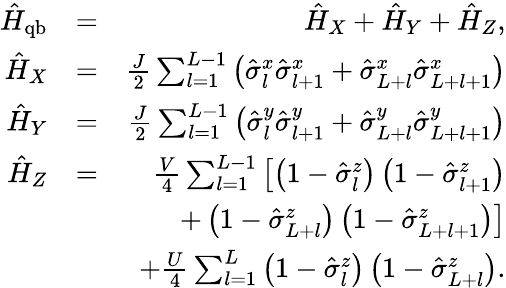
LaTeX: \begin{array}{rlr}{\hat{H}_{\mathrm{qb}}}&{=}&{\hat{H}_{X}+\hat{H}_{Y}+\hat{H}_{Z},}\\ {\hat{H}_{X}}&{=}&{\frac{J}{2}\sum_{l=1}^{L-1}\left(\hat{\sigma}_{l}^{x}\hat{\sigma}_{l+1}^{x}+\hat{\sigma}_{L+l}^{x}\hat{\sigma}_{L+l+1}^{x}\right)}\\ {\hat{H}_{Y}}&{=}&{\frac{J}{2}\sum_{l=1}^{L-1}\left(\hat{\sigma}_{l}^{y}\hat{\sigma}_{l+1}^{y}+\hat{\sigma}_{L+l}^{y}\hat{\sigma}_{L+l+1}^{y}\right)}\\ {\hat{H}_{Z}}&{=}&{\frac{V}{4}\sum_{l=1}^{L-1}\left[\left(1-\hat{\sigma}_{l}^{z}\right)\left(1-\hat{\sigma}_{l+1}^{z}\right)\right.}\\ &{}&{\left.+\left(1-\hat{\sigma}_{L+l}^{z}\right)\left(1-\hat{\sigma}_{L+l+1}^{z}\right)\right]}\\ &{}&{+\frac{U}{4}\sum_{l=1}^{L}\left(1-\hat{\sigma}_{l}^{z}\right)\left(1-\hat{\sigma}_{L+l}^{z}\right).}\end{array}